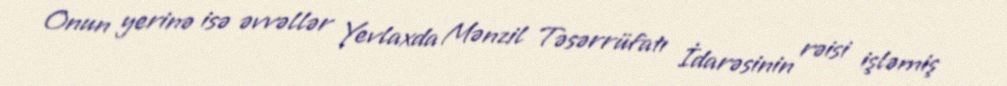
Onun yerinə isə əvvəllər Yevlaxda Mənzil Təsərrüfatı İdarəsinin rəisi işləmiş